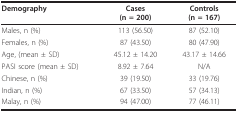
<table><thead><tr><td><b>Demography</b></td><td><b>Cases(n = 200)</b></td><td><b>Controls(n = 167)</b></td></tr></thead><tbody><tr><td>Males, n (%)</td><td>113 (56.50)</td><td>87 (52.10)</td></tr><tr><td>Females, n (%)</td><td>87 (43.50)</td><td>80 (47.90)</td></tr><tr><td>Age, (mean ± SD)</td><td>45.12 ± 14.20</td><td>43.17 ± 14.66</td></tr><tr><td>PASI score (mean ± SD)</td><td>8.92 ± 7.64</td><td>N/A</td></tr><tr><td>Chinese, n (%)</td><td>39 (19.50)</td><td>33 (19.76)</td></tr><tr><td>Indian, n (%)</td><td>67 (33.50)</td><td>57 (34.13)</td></tr><tr><td>Malay, n (%)</td><td>94 (47.00)</td><td>77 (46.11)</td></tr></tbody></table>